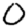
Digit: 0